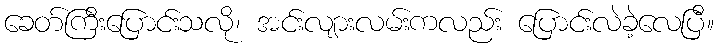
ခေတ်ကြီးပြောင်းသလို၊ အင်းလျားလမ်းကလည်း ပြောင်းလဲခဲ့လေပြီ။